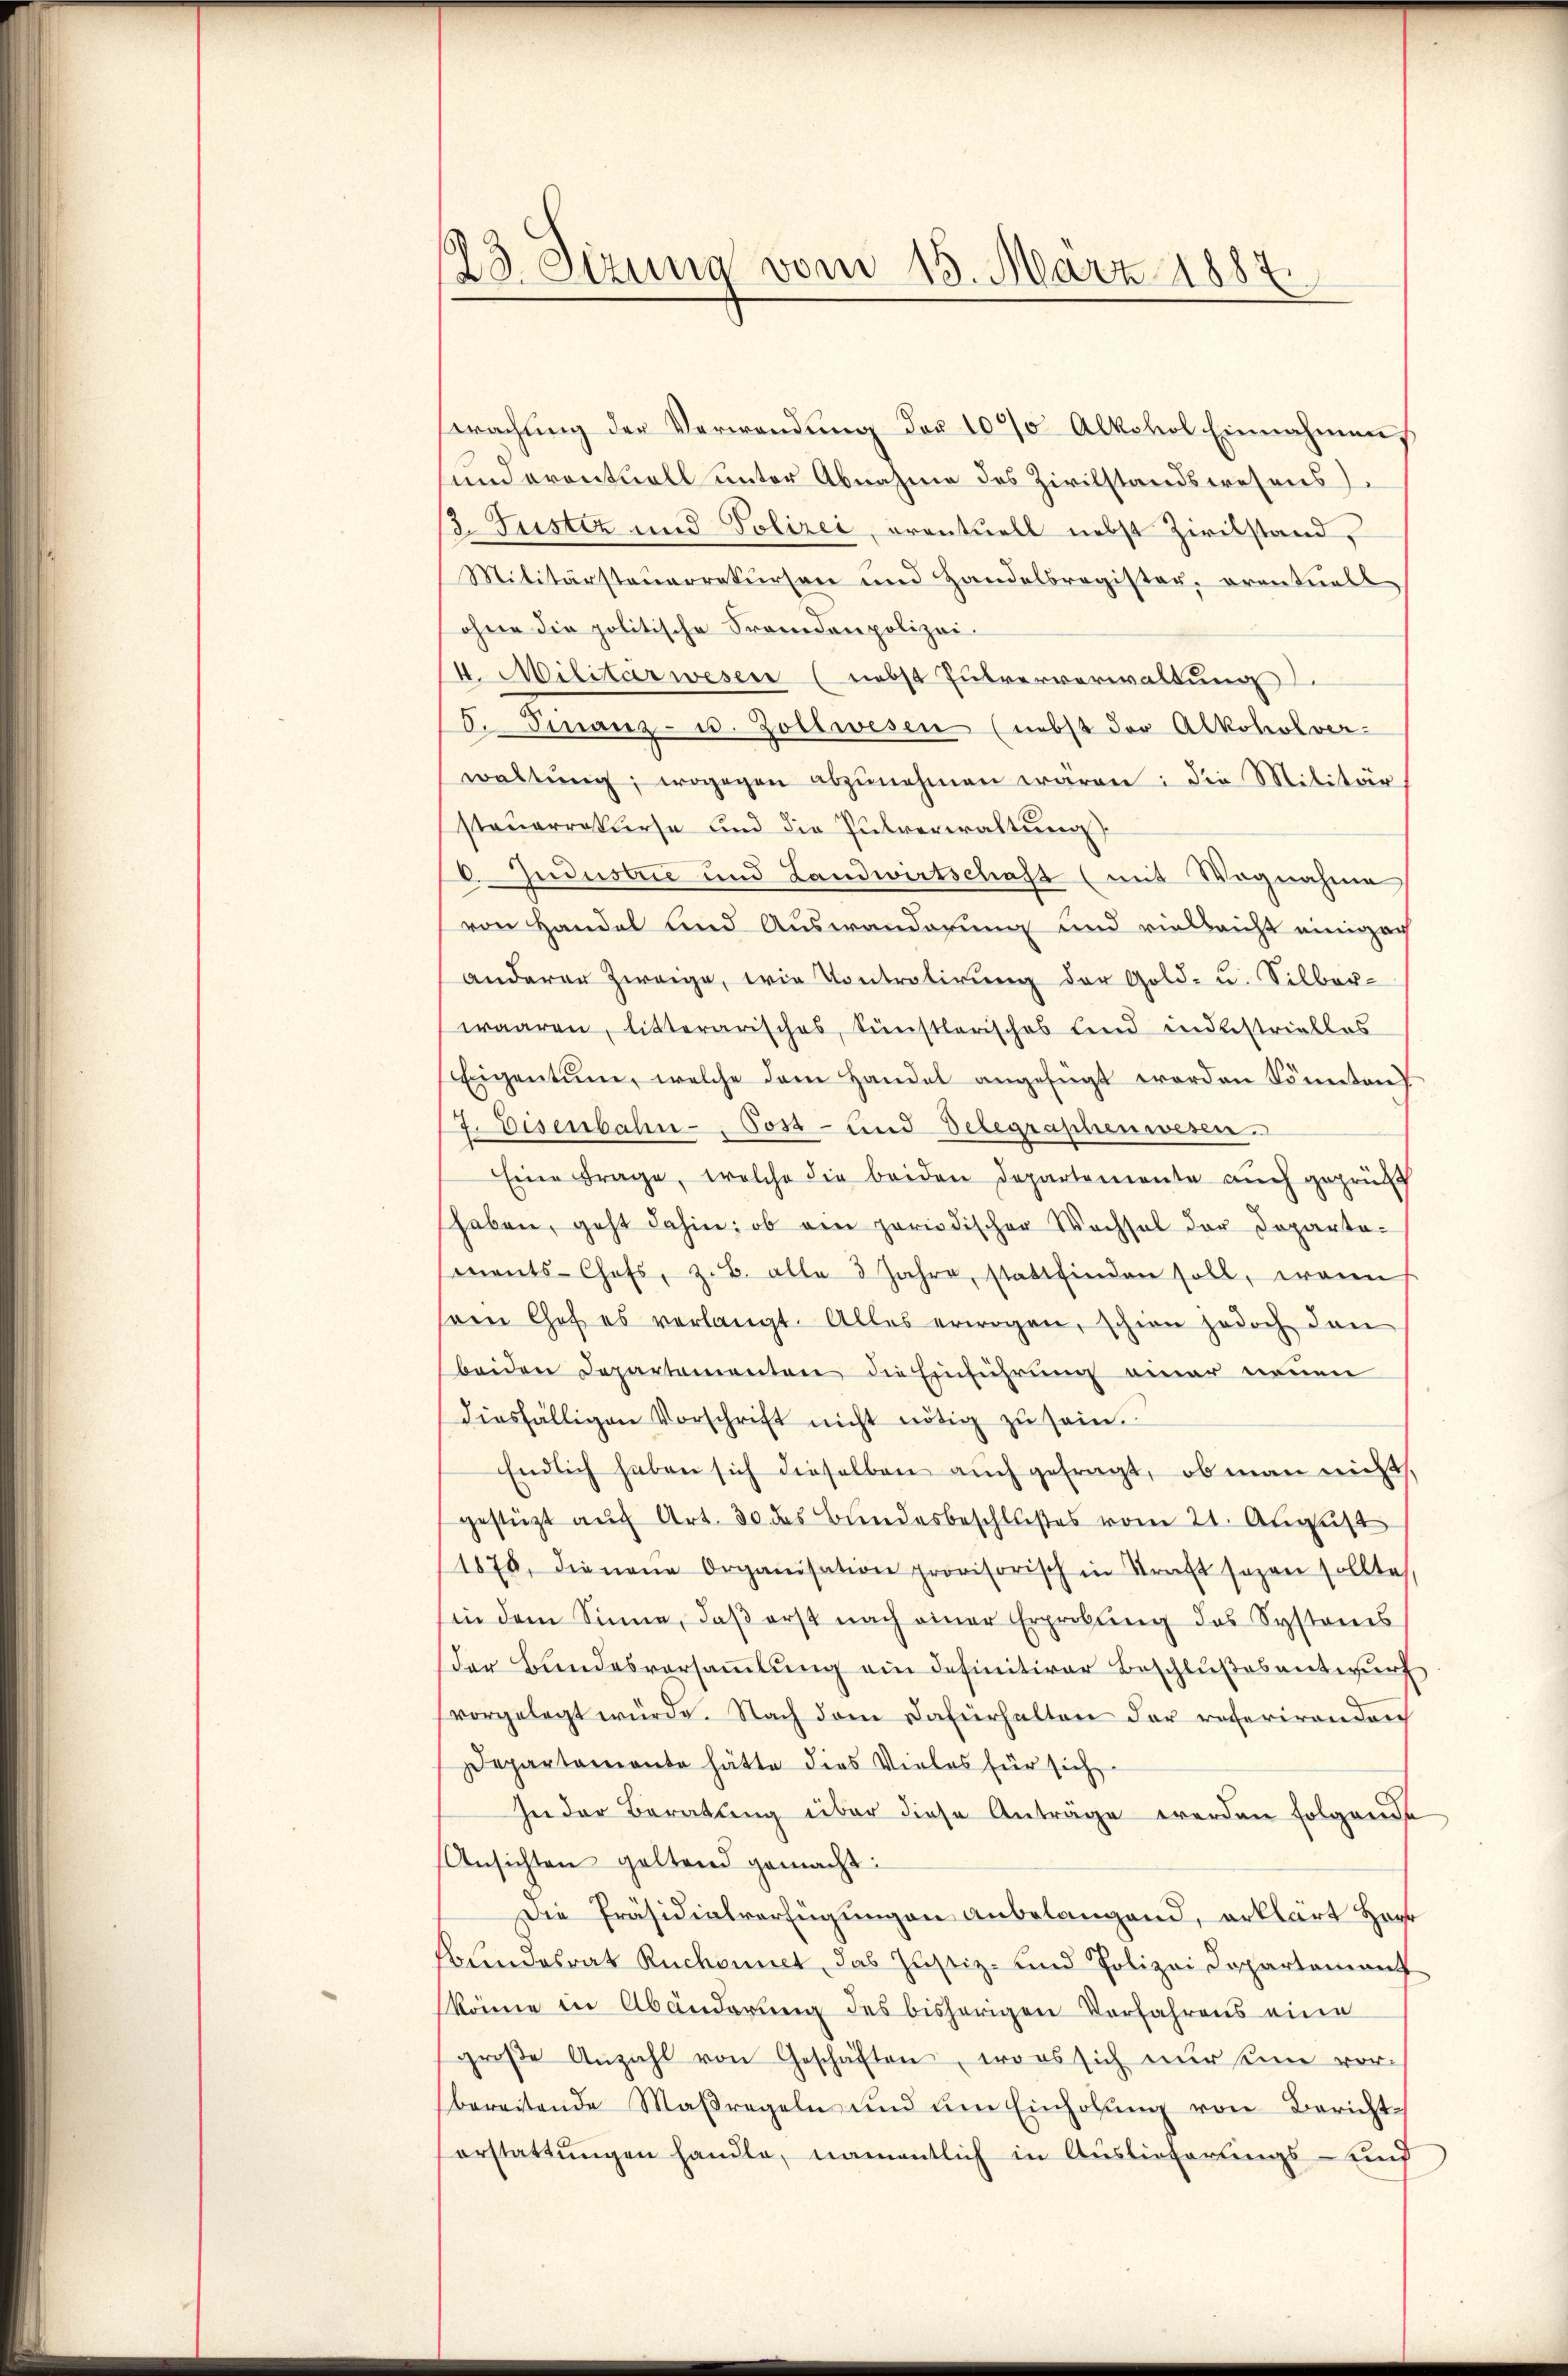
23. Sizung vom 15. März 1884.

wachung der Verwendung der 1000 Alkohol Einnahmens
und eventuell unter Abnahme des Zivilstandswesens
3. Justiz und Polizei, oventuell nebst Zivilstand,
Militärsteuerrekursen und Handelsregister, eventuell
ohne die politische Fremdenpolizei-
I. Militärwesen (nebst Pulververwaltung
8. Finanz- u. Zollwesen (nebst der Alkoholver-
waltŭng, wogegen abzŭnehmen wären: die Militär
stauerrekurse und die Pulverwaltung
Judustre und Landwirtschaft (mit Wegnahme
von Handel und Auswanderung und vielleicht einiger
anderer Zweige, wie Kontrolirung der Gold- u. Silber-
waaren, litterarisches, künstlerisches Land indestriellos
Eigentum, welche dem Handel angefügt worden könnten)
7. Disenbahn-, Post- und Delegraphenwesen.
Eine Frage, welche die beiden Departemente auch gegrünf
haben, geht dahin: ob ein periodischer Wechsel der Doparta-
ments-Chofs, z. B. alle 3 Jahre, stattfinden soll, wenn
soin Chef es verlangt. Alles erwogen, schien jedoch dan
beiden Departementen die Einführung einer neuen
diesfälligen Vorschrift nicht nötig zu sein.
Endlich haben sich dieselben auch gefragt, ob man nicht,
gestützt aŭf Art. 30 des Bundesbeschlußes vom 21. August
1876, die neue Organisation provisorisch in Straft sezen sollte,
in dem Sinne, daβ erst nach einer Erprobŭng des Systemes
der Bundesversammlung ein definitiver Beschlußes antwurf
vorgelegt würde. Nach dem Dafürhalten der referirenden
Departemente hätte dies Vieles für sich
In der Beratung über diese Anträge werden folgende
Ansichten geltend gemacht:
Die Präsidialverfügungen anbelangend, erklärt Herr
sbundesrat Ruchonnet, das Justiz- und Polizei Departamant
könne in Abänderung des bisherigen Verfahrens eine
groβe Anzahl von Geschäften, wo es sich nur seine vor-
bereitende Maßregeln und um Einholung von Berichterstattungen handle, namentlich in Auslieferungs- und